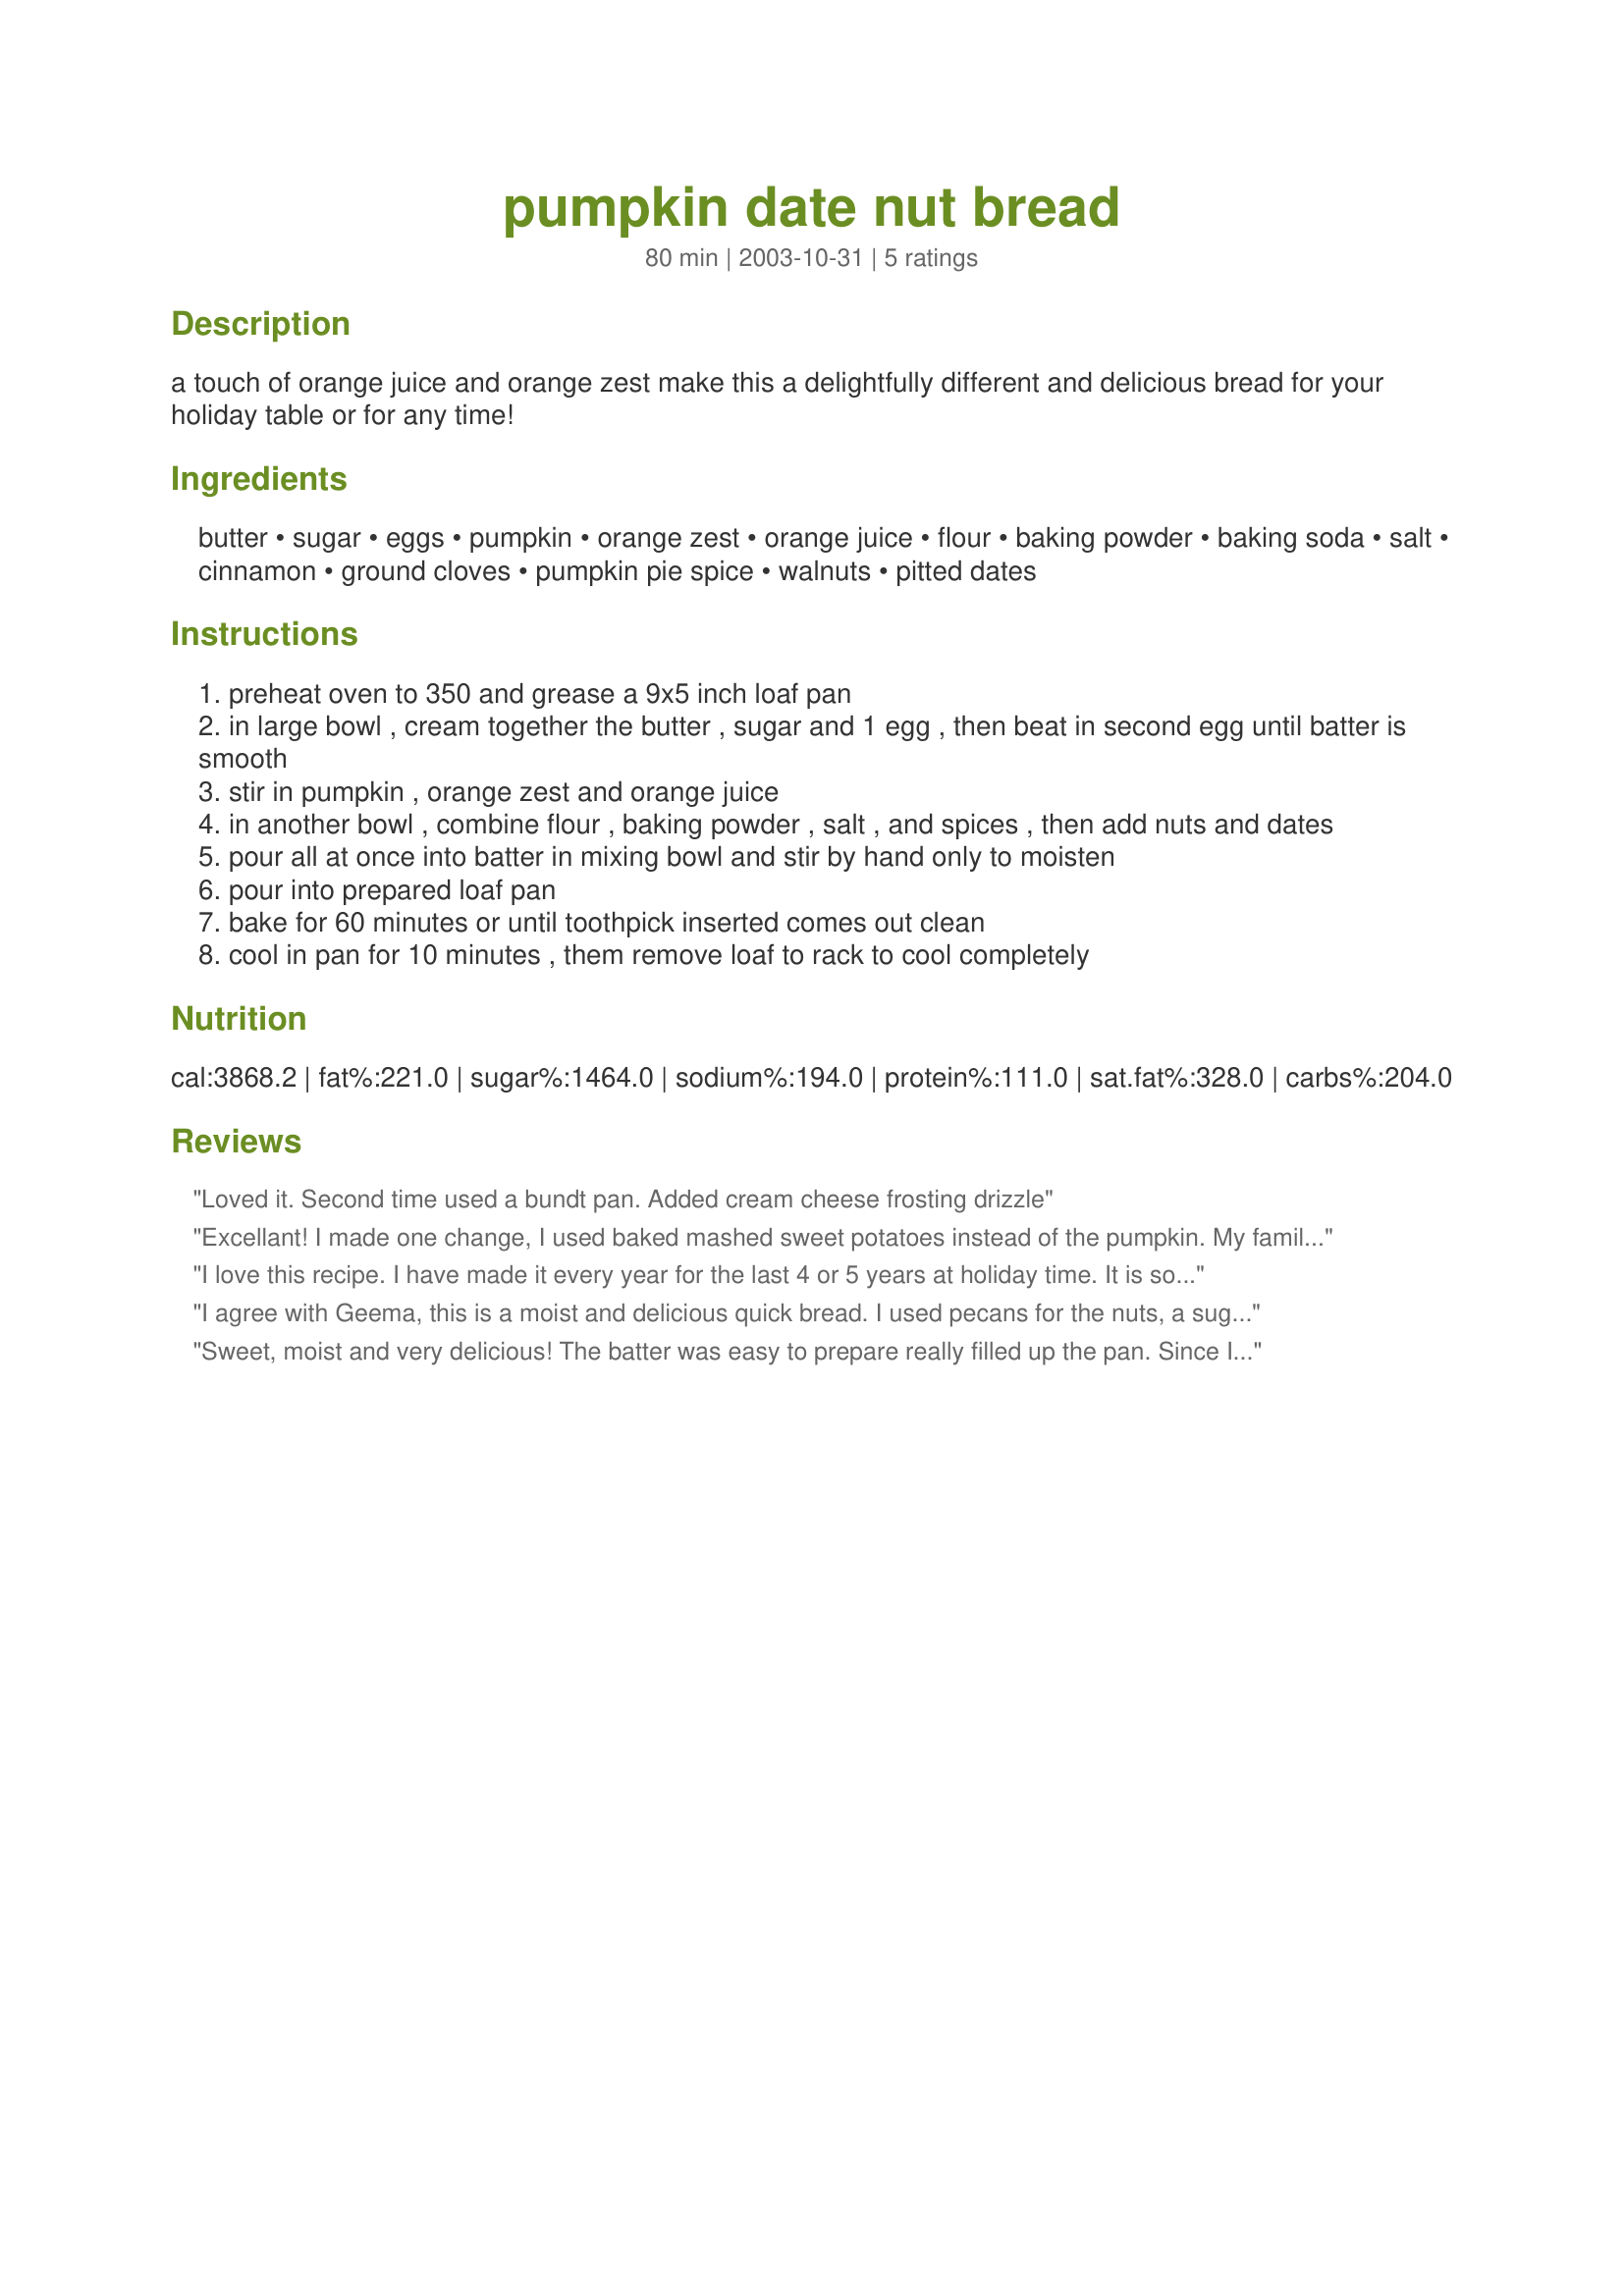
pumpkin date nut bread
Preparation time: 80 minutes

a touch of orange juice and orange zest make this a delightfully different and delicious bread for your holiday table or for any time!

Ingredients:
butter, sugar, eggs, pumpkin, orange zest, orange juice, flour, baking powder, baking soda, salt, cinnamon, ground cloves, pumpkin pie spice, walnuts, pitted dates

Steps:
preheat oven to 350 and grease a 9x5 inch loaf pan
in large bowl , cream together the butter , sugar and 1 egg , then beat in second egg until batter is smooth
stir in pumpkin , orange zest and orange juice
in another bowl , combine flour , baking powder , salt , and spices , then add nuts and dates
pour all at once into batter in mixing bowl and stir by hand only to moisten
pour into prepared loaf pan
bake for 60 minutes or until toothpick inserted comes out clean
cool in pan for 10 minutes , them remove loaf to rack to cool completely

Reviews:
Loved it. Second time used a bundt pan. Added cream cheese frosting drizzle
Excellant! I made one change, I used baked mashed sweet potatoes instead of the pumpkin. My family has really enjoyed the terrific blend of flavors. Thanks for sharing!!
I love this recipe. I have made it every year for the last 4 or 5 years at holiday time. It is so easy to make &amp; is so delicious. I make it for Thanksgiving and also for gifts at Christmas. I make some for home too!
I agree with Geema, this is a moist and delicious quick bread. I used pecans for the nuts, a sugar/Splenda mixture and baked this in 3 mini loaf pans for 30 minutes. This is perfect for the holiday season.
Sweet, moist and very delicious!
The batter was easy to prepare really filled up the pan. Since I am not a master baker I followed the clear instructions completely, with the exception of adding a bit more cinnamon and some nutmeg as a sub for the pumpkin pie spice.
Thank you Marie!
